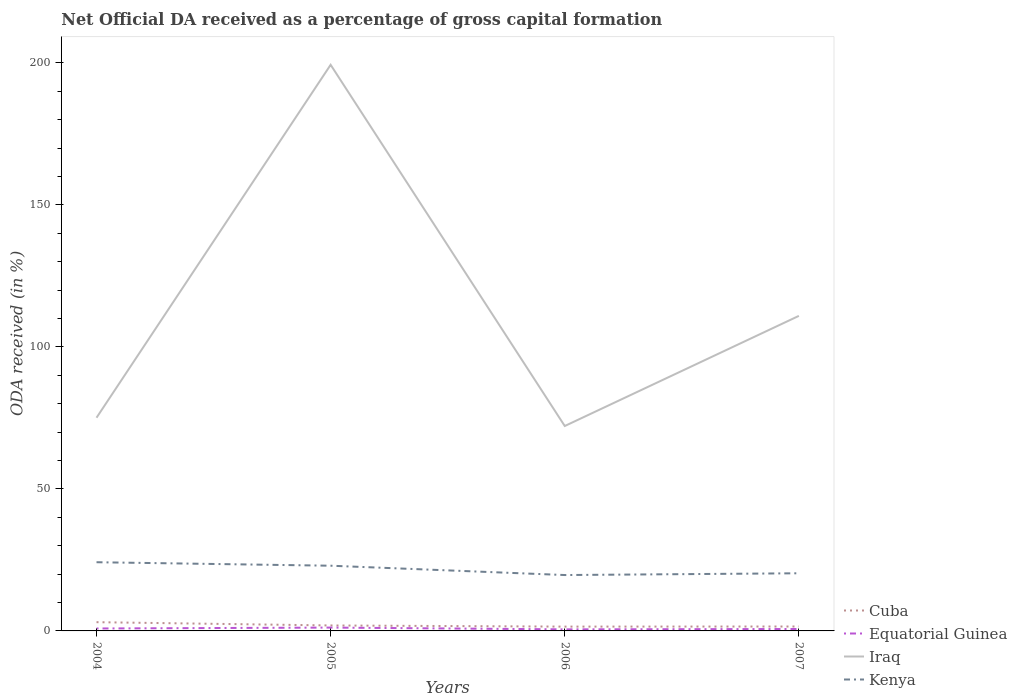
| Years | Cuba | Equatorial Guinea | Iraq | Kenya |
 | --- | --- | --- | --- | --- |
 | 2004 | 3.08 | 0.858 | 75.1 | 24.2 |
 | 2005 | 1.92 | 1.18 | 199 | 23 |
 | 2006 | 1.51 | 0.551 | 72.1 | 19.7 |
 | 2007 | 1.55 | 0.677 | 111 | 20.3 |